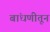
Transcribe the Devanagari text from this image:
बांधणीतून